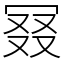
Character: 𠖎